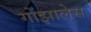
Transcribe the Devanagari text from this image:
गोंझालेस